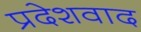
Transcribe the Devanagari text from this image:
प्रदेशवाद